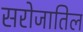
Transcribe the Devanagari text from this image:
सरोजातिल